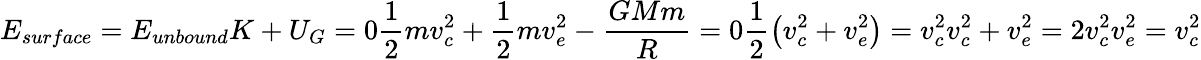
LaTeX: E_{surface}=E_{unbound}K+U_{G}=0\frac{1}{2}mv_{c}^{2}+\frac{1}{2}mv_{e}^{2}-\frac{GMm}{R}=0\frac{1}{2}\left(v_{c}^{2}+v_{e}^{2}\right)=v_{c}^{2}v_{c}^{2}+v_{e}^{2}=2v_{c}^{2}v_{e}^{2}=v_{c}^{2}